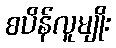
စပိန်လူမျိုး